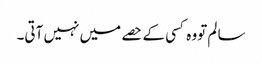
سا لم تووہ کسی کے حصے میں نہیں آتی۔